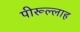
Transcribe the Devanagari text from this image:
पीरूल्लाह